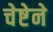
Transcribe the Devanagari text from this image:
चेष्टेने